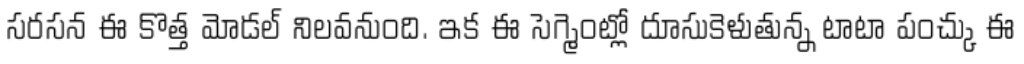
సరసన ఈ కొత్త మోడల్ నిలవనుంది. ఇక ఈ సెగ్మెంట్లో దూసుకెళుతున్న టాటా పంచ్కు ఈ